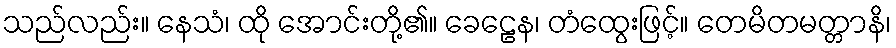
သည်လည်း။ နေသံ၊ ထို အောင်းတို့၏။ ခေဠေန၊ တံထွေးဖြင့်။ တေမိတမတ္တာနိ၊